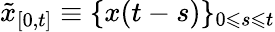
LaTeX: \tilde{x}_{[0,t]}\equiv\{ x(t-s)\} _{0\leqslant s\leqslant t}